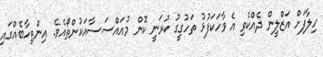
ހިލާފަށް އަޒްލީން ދެއްކެވި އެ ވާހަކަފުޅު ތަހުގީގު ކުރަނީ ކޮން މުއައްސަސާއަކުންތޯއެވެ. އިންތިހާބެއްގައި